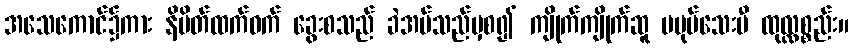
အသေကောင်၌ကား နိမိတ်ထက်ဝက် ခွေးစသည် ခဲအပ်သည်မှစ၍ ကျိုက်ကျိုက်ဆူ မပုပ်သေးမီ ထုလ္လစ္စည်း။